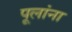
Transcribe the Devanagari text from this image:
पूलांना